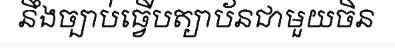
នឹងច្បាប់ធ្វើបត្យាប័នជាមួយចិន